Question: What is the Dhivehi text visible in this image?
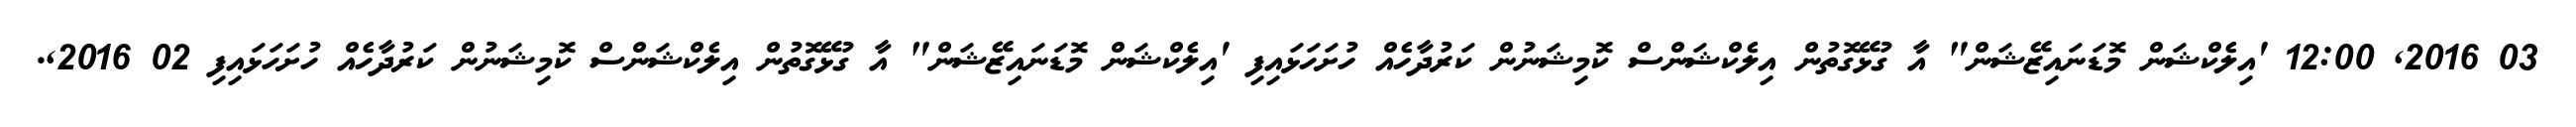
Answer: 03 2016, 12:00 'އިލެކްޝަން މޮޑަނައިޒޭޝަން" އާ ގުޅޭގޮތުން އިލެކްޝަންސް ކޮމިޝަނުން ކަރުދާހެއް ހުށަހަޅައިފި 'އިލެކްޝަން މޮޑަނައިޒޭޝަން" އާ ގުޅޭގޮތުން އިލެކްޝަންސް ކޮމިޝަނުން ކަރުދާހެއް ހުށަހަޅައިފި 02 2016,.